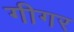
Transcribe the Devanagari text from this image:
गीगर